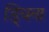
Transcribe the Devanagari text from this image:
ड्विना